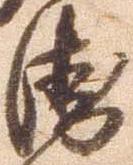
衛